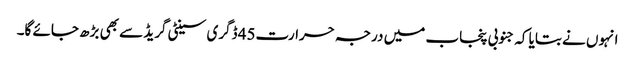
انہوں نے بتایا کہ جنوبی پنجاب میں درجہ حرارت45 ڈگری سینٹی گریڈ سے بھی بڑھ جائے گا۔